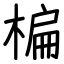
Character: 楄